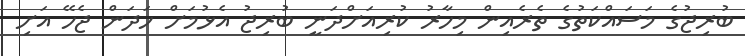
ބުރިޖުގެ މަސައްކަތުގެ ތެރެއިން މިހާރު ކުރިއަށްދަނީ ބުރިޖު އެޅުމަށް ހަދަން ޖެހޭ އަށި